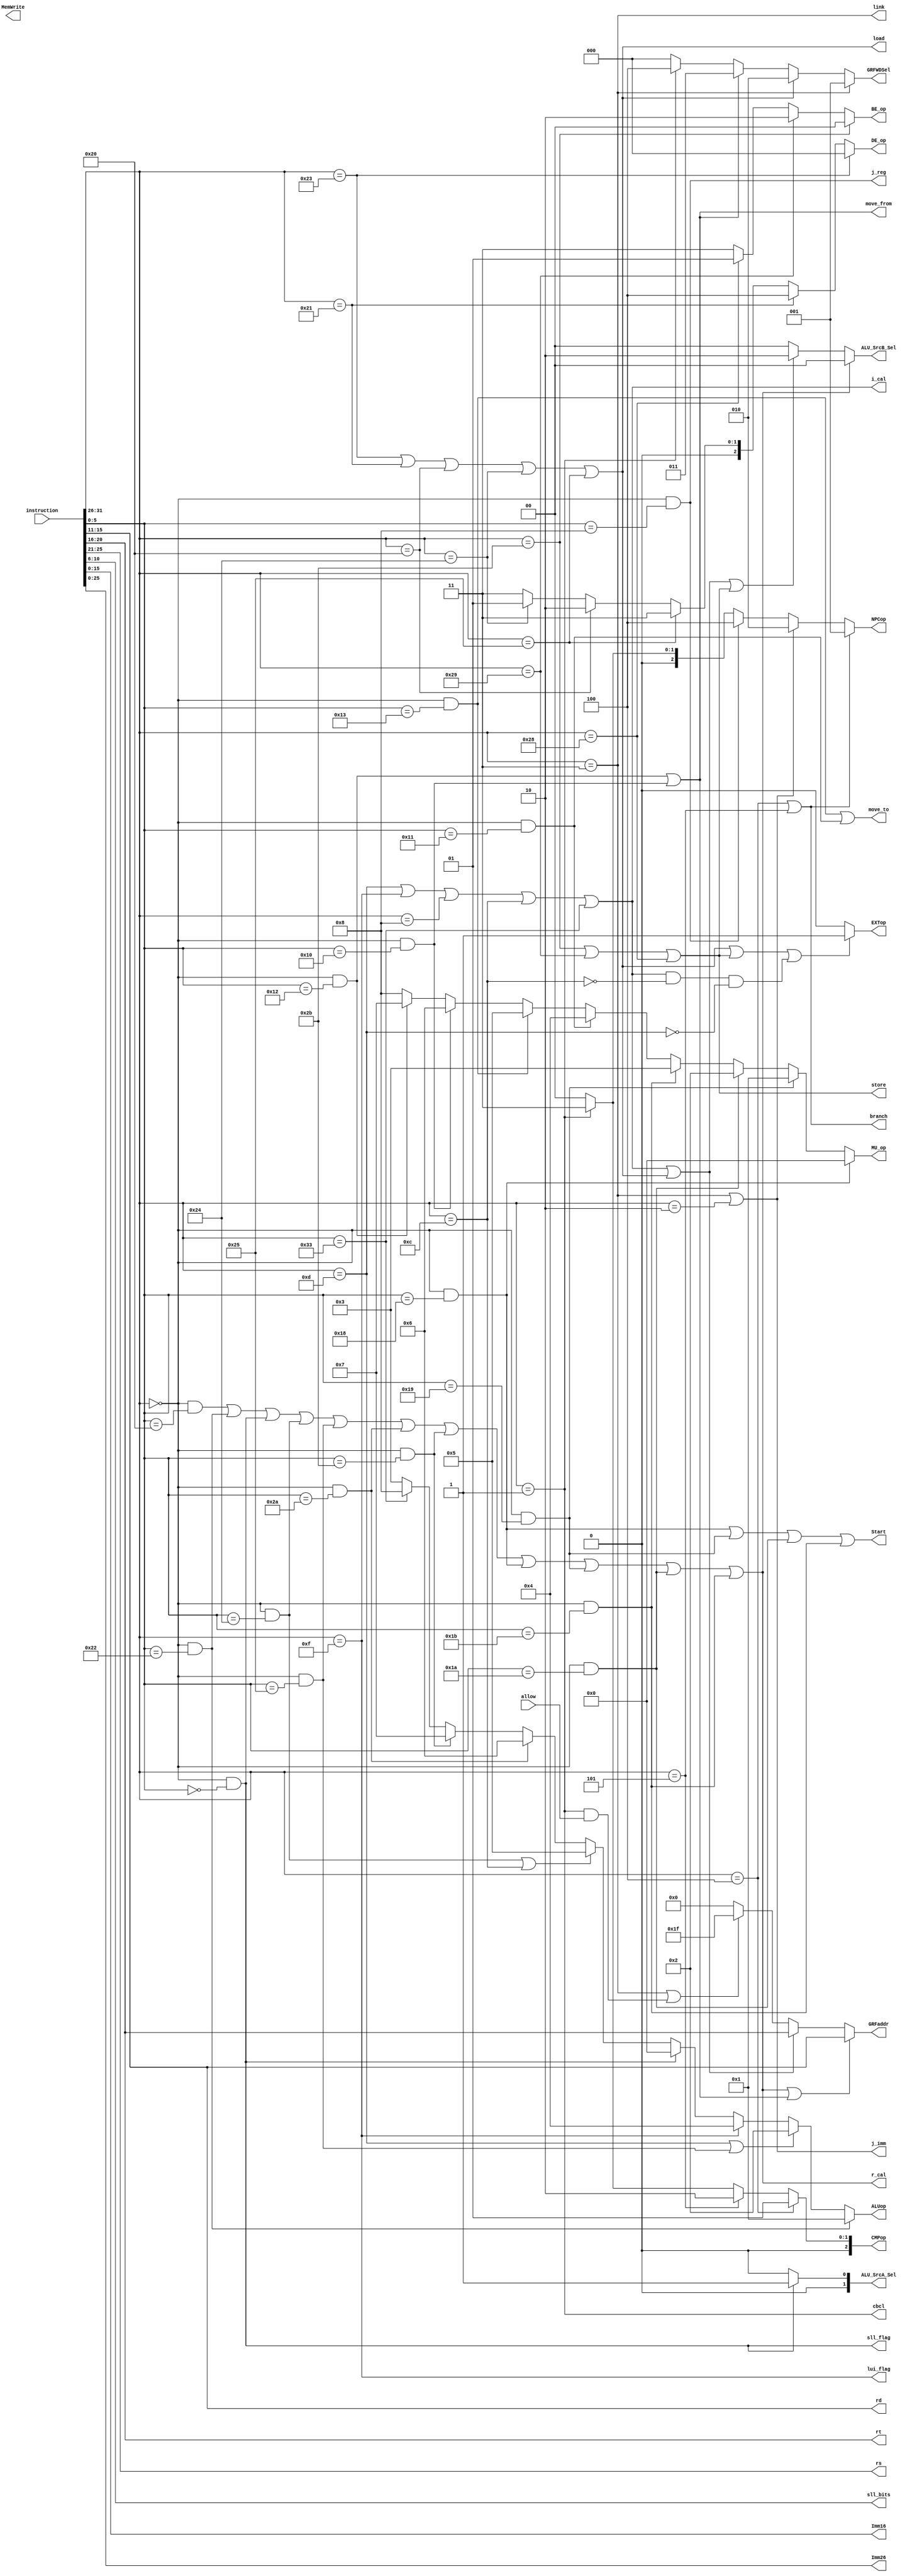
module Control(
    input [31:0] instruction,
    input allow,
    
    output [4:0] rs,
    output [4:0] rt,
    output [4:0] rd,
    output [4:0] sll_bits,
    output [15:0] Imm16,
    output [25:0] Imm26,

    output [3:0] ALUop,
    output [2:0] CMPop,
    output [2:0] NPCop,
    output [4:0] GRFaddr,
    output [2:0] GRFWDSel,
    output [1:0] ALU_SrcA_Sel,
    output [1:0] ALU_SrcB_Sel,
    output [1:0] BE_op,
    output [2:0] DE_op,
	output [3:0] MU_op,
    output EXTop,
    output MemWrite,            //DM
    //stall
    output sll_flag,
    output branch,
    output r_cal,
    output i_cal,
    output load,
    output store,
    output j_imm,
    output j_reg,
    output link,
    output Start,
    output move_to,
    output move_from,
    output lui_flag,
    output cbcl
);
	//add, sub, ori, lw, sw, beq, lui, jal, jr, nop
    //If wanna add contidional link, add GRFselop and correct datapath of GRFData in mips.v
    wire [5:0] Opcode = instruction[31:26];
    wire [5:0] func = instruction[5:0];
    parameter R = 6'b000000;
    parameter add_fun = 6'b100000;
    parameter sub_fun = 6'b100010;
    parameter sll_fun = 6'b000000;
    parameter jr_fun  = 6'b001000;
    parameter and_fun = 6'b100100;
    parameter or_fun  = 6'b100101;
    parameter slt_fun = 6'b101010;
    parameter sltu_fun= 6'b101011;
	parameter mult_fun= 6'b011000;
	parameter multu_fun = 6'b011001;
	parameter div_fun = 6'b011010;
	parameter divu_fun= 6'b011011;
	parameter mfhi_fun= 6'b010000;
	parameter mflo_fun= 6'b010010;
	parameter mthi_fun= 6'b010001;
	parameter mtlo_fun= 6'b010011;
    //mult, multu, div, divu, mfhi, mflo, mthi, mtlo
	parameter ori_opc = 6'b001101;
    parameter lw_opc  = 6'b100011;
    parameter sw_opc  = 6'b101011;
    parameter beq_opc = 6'b000100;
    parameter lui_opc = 6'b001111;
    parameter jal_opc = 6'b000011;
    parameter addi_opc= 6'b001000;
    parameter andi_opc= 6'b001100;
    parameter bne_opc = 6'b000101;
    parameter lh_opc  = 6'b100001;
    parameter lb_opc  = 6'b100000;
    parameter sb_opc  = 6'b101000;
    parameter sh_opc  = 6'b101001;
    parameter lhu_opc = 6'b100101;
    parameter lbu_opc = 6'b100100;
    parameter j_opc   = 6'b000010;
    parameter bltzal_opc = 6'b000001;
    parameter addei_opc = 6'b110011;
    //alu op
    parameter sll_sign = 4'd0;
    parameter sub_sign = 4'd1;
    parameter ori_sign = 4'd2;
    parameter add_sign = 4'd3;
    parameter lui_sign = 4'd4;
    parameter and_sign = 4'd5;
    parameter slt_sign = 4'd6;
    parameter sltu_sign= 4'd7;
    parameter new_sign = 4'd8;
    //parameter new_sign = 4'd8;      //
    //cmp op
    parameter beq_sign = 3'b001;
    parameter bne_sign = 3'b010;
    parameter cbcl_sign = 3'b011;
    parameter not_sign = 3'b000;
    //EXT op
    parameter EXT_unsign = 1'b0;
    parameter EXT_sign   = 1'b1;
    //npc op
    parameter b = 3'b001;
    parameter j = 3'b010;
    parameter r = 3'b100;
    parameter c = 3'b011;
    parameter n = 3'b000;
    //alu op
    parameter A_rs = 2'b00;
    parameter A_rt = 2'b01;
    parameter B_rt  = 2'b00;
    parameter B_sll = 2'b01;
    parameter B_Imm = 2'b10;    
    //WDsel op
    parameter PC8 = 3'b001;
    parameter DM_RD = 3'b010;
    parameter MU_RES = 3'b011;
    parameter ALU_RES = 3'b000;
    parameter CBCL = 3'b100;

    //BE op
    parameter BE_word = 2'b00;
    parameter BE_byte = 2'b01;
    parameter BE_half = 2'b10;
    parameter BE_none = 2'b11;
    //de op
    parameter DE_lw = 3'b000;
    parameter DE_lbu = 3'b001;
    parameter DE_lb = 3'b010;
    parameter DE_lhu = 3'b011;
    parameter DE_lh = 3'b100;
    //MU op
	parameter MU_mult = 4'b0000;
	parameter MU_multu= 4'b0001;
	parameter MU_div  = 4'b0010;
	parameter MU_divu = 4'b0011;
	parameter MU_mthi = 4'b0100;
	parameter MU_mtlo = 4'b0101;
	parameter MU_mfhi = 4'b0110;
	parameter MU_mflo = 4'b0111;
	parameter MU_none = 4'b1000;
	
    wire add = (Opcode == R && func == add_fun);
    wire sub = (Opcode == R && func == sub_fun);
    wire sll = (Opcode == R && func == sll_fun);
    wire jr  = (Opcode == R && func == jr_fun);
    wire and_= (Opcode == R && func == and_fun);
    wire or_ = (Opcode == R && func == or_fun);
    wire slt = (Opcode == R && func == slt_fun);
    wire sltu= (Opcode == R && func == sltu_fun);
    wire ori = (Opcode == ori_opc);
    wire lw  = (Opcode == lw_opc);
    wire sw  = (Opcode == sw_opc);
    wire beq = (Opcode == beq_opc);
    wire lui = (Opcode == lui_opc);
    wire jal = (Opcode == jal_opc);
    wire addi= (Opcode == addi_opc);
    wire andi= (Opcode == andi_opc);
    wire bne = (Opcode == bne_opc);
    wire lh  = (Opcode == lh_opc);
    wire lb  = (Opcode == lb_opc);
    wire sb  = (Opcode == sb_opc);
    wire sh  = (Opcode == sh_opc);
    wire lbu = (Opcode == lbu_opc);
    wire lhu = (Opcode == lhu_opc);
    wire addei=(Opcode == addei_opc);
    wire j_  = (Opcode == j_opc);

    wire bltzal = (Opcode == bltzal_opc);
	//mult, multu, div, divu, mfhi, mflo, mthi, mtlo
	wire mult= (Opcode == R && func == mult_fun);
	wire multu= (Opcode == R && func == multu_fun);
	wire div = (Opcode == R && func == div_fun);
	wire divu= (Opcode == R && func == divu_fun);
	wire mfhi= (Opcode == R && func == mfhi_fun);
	wire mflo= (Opcode == R && func == mflo_fun);
	wire mthi= (Opcode == R && func == mthi_fun);
	wire mtlo= (Opcode == R && func == mtlo_fun);
    
    assign rs = instruction[25:21];
    assign rt = instruction[20:16];
    assign rd = instruction[15:11];
    assign Imm16 = instruction[15:0];
    assign Imm26 = instruction[25:0];
    assign sll_bits = instruction[10:6];
    /*************************************************************************************/
    
    assign ALUop = sub ? sub_sign :
                   (ori | or_)   ? ori_sign :
                   lui ? lui_sign :
                   sll ? sll_sign :
                   (and_ | andi) ? and_sign : 
                   slt ? slt_sign :
                   sltu? sltu_sign:
                   addei? new_sign:
                   add_sign;
    //If add new branch group instructions,add it below
    assign CMPop = beq ? beq_sign :
                   bne ? bne_sign :
                   cbcl? cbcl_sign:
                   not_sign;
    //If add new branch group instructions,add it below
    assign NPCop = branch ? b :
                   j_imm  ? j :
                   j_reg  ? r :
                   cbcl   ? c :
                   n;
    assign GRFaddr = (r_cal | move_from)        ? rd    :
                     (i_cal | load)             ? rt    :
                     (link | (cbcl && allow))   ? 5'd31 : 5'd0;
    //If add conditonal link instructions,add "condition ? 2'b11 : " below
    assign GRFWDSel = link ? PC8   :    //pc + 8
                      load ? DM_RD :    //rd
                      move_from ? MU_RES :
                      cbcl ? CBCL  :
                      ALU_RES;        //ALUresult
    assign ALU_SrcA_Sel = sll_flag ? A_rt : A_rs;
    assign ALU_SrcB_Sel = r_cal                  ? B_rt  :
                          (i_cal | load | store) ? B_Imm :
                          sll_sign               ? B_sll :
                          B_rt;
    assign BE_op = (sw) ? BE_word :
                   (sh) ? BE_half :
                   (sb) ? BE_byte : 
                   BE_none;
    assign DE_op = (lw) ? DE_lw :
                   (lh) ? DE_lh :
                   (lhu)? DE_lhu:
                   (lb) ? DE_lb :
                   (lbu)? DE_lbu: DE_lhu;
				   
	assign MU_op = (mult) ? MU_mult :
				   (multu)? MU_multu:
				   (div)  ? MU_div	:
				   (divu) ? MU_divu :
				   (mthi) ? MU_mthi :
				   (mtlo) ? MU_mtlo :
				   (mfhi) ? MU_mfhi :
				   (mflo) ? MU_mflo :
				   MU_none;
				   
    assign EXTop    = (load | store | (i_cal && !andi && !ori)) ? EXT_sign : EXT_unsign;
    assign sll_flag = (sll);
    assign branch   = (beq | bne );
    assign r_cal    = (add | sub | sll | and_ | or_ | slt | sltu | mult | multu | div | divu);
    assign i_cal    = (ori | lui | addi | andi | addei);
    assign load     = (lw | lh | lb | lbu | lhu);
    assign store    = (sw | sh | sb);
    assign j_imm    = (jal| j_);
    assign j_reg    = (jr);
    assign move_to  = (mtlo | mthi);
    assign move_from= (mflo | mfhi);
    //If add conditonal link instructions,add a signal below
    assign link     = (jal);
    assign Start    = (mult | multu | div | divu);
    assign lui_flag = (lui);
    assign cbcl = bltzal;
endmodule